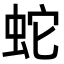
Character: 蛇